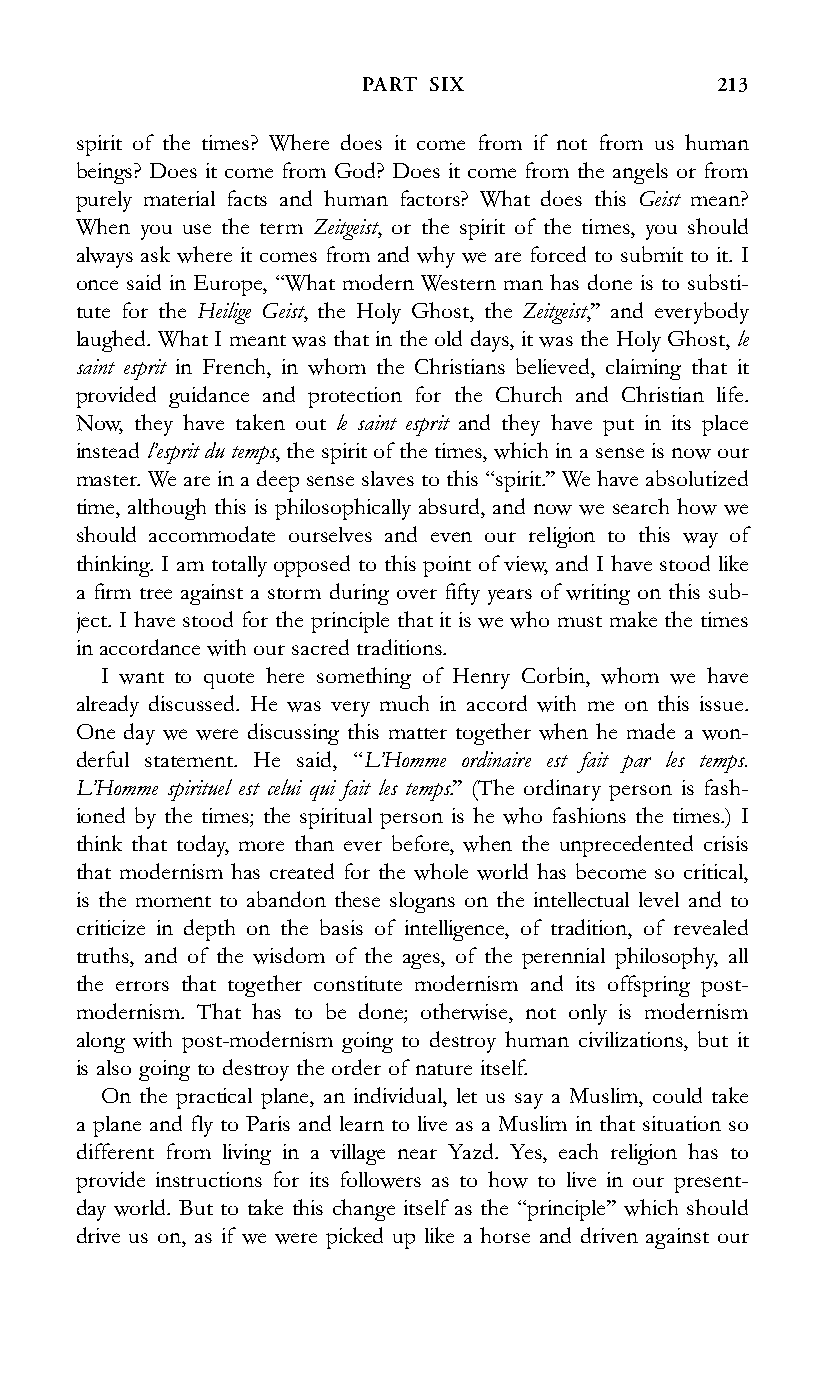
PART SIX                213
 spirit of the times? Where does it come from if not from us human
 beings? Does it come from God? Does it come from the angels or from
 purely material facts and human factors? What does this Geist mean?
 When you use the term Zeitgeist, or the spirit of the times, you should
 always ask where it comes from and why we are forced to submit to it. I
 once said in Europe, ‘‘What modern Western man has done is to substi-
 tute for the Heilige Geist, the Holy Ghost, the Zeitgeist,’’ and everybody
 laughed. What I meant was that in the old days, it was the Holy Ghost, le
 saint esprit in French, in whom the Christians believed, claiming that it
 provided guidance and protection for the Church and Christian life.
 Now, they have taken out le saint esprit and they have put in its place
 instead l’esprit du temps, the spirit of the times, which in a sense is nowour
 master. We are in a deep sense slaves to this ‘‘spirit.’’ We haveabsolutized
 time, although this is philosophically absurd, and now we search how we
 should accommodate ourselves and even our religion to this way of
 thinking. I am totally opposed to this point of view, and I have stood like
 a firm tree against a storm during over fifty years of writing on this sub-
 ject. I have stood for the principle that it is we who must make the times
 in accordance with our sacred traditions.
 I want to quote here something of Henry Corbin, whom we have
 already discussed. He was very much in accord with me on this issue.
 One day we were discussing this matter together when he made a won-
 derful statement. He said, ‘‘L’Homme ordinaire est fait par les temps.
 L’Homme spirituel est celui qui fait les temps.’’ (The ordinary person is fash-
 ioned by the times; the spiritual person is he who fashions the times.) I
 think that today, more than ever before, when the unprecedented crisis
 that modernism has created for the whole world has become so critical,
 is the moment to abandon these slogans on the intellectual level and to
 criticize in depth on the basis of intelligence, of tradition, of revealed
 truths, and of the wisdom of the ages, of the perennial philosophy, all
 the errors that together constitute modernism and its offspring post-
 modernism. That has to be done; otherwise, not only is modernism
 along with post-modernism going to destroy human civilizations, but it
 is also going to destroy the order of nature itself.
 On the practical plane, an individual, let us say a Muslim, could take
 a plane and fly to Paris and learn to live as a Muslim in that situation so
 different from living in a village near Yazd. Yes, each religion has to
 provide instructions for its followers as to how to live in our present-
 day world. But to take this change itself as the ‘‘principle’’ which should
 drive us on, as if we were picked up like a horse and driven against our